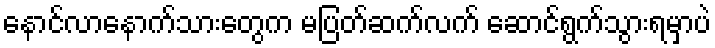
နောင်လာနောက်သားတွေက မပြတ်ဆက်လက် ဆောင်ရွက်သွားရမှာပဲ